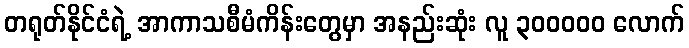
တရုတ်နိုင်ငံရဲ့ အာကာသစီမံကိန်းတွေမှာ အနည်းဆုံး လူ ၃၀၀၀၀၀ လောက်